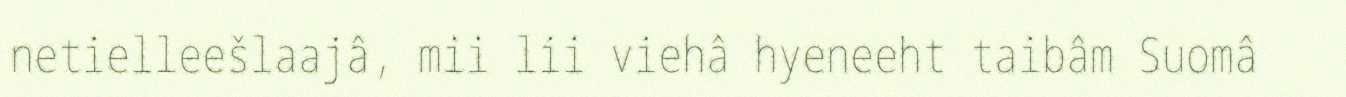
netielleešlaajâ, mii lii viehâ hyeneeht taibâm Suomâ